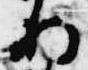
将